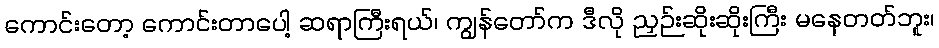
ကောင်းတော့ ကောင်းတာပေါ့ ဆရာကြီးရယ်၊ ကျွန်တော်က ဒီလို ညှဉ်းဆိုးဆိုးကြီး မနေတတ်ဘူး၊